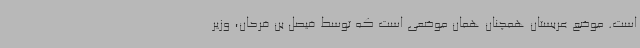
است. موضع عربستان همچنان همان موضعی است که توسط فیصل بن فرحان، وزیر